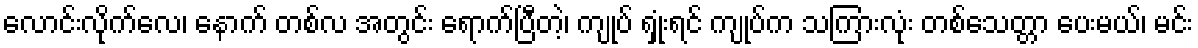
လောင်းလိုက်လေ၊ နောက် တစ်လ အတွင်း ရောက်ပြီတဲ့၊ ကျုပ် ရှုံးရင် ကျုပ်က သကြားလုံး တစ်သေတ္တာ ပေးမယ်၊ မင်း